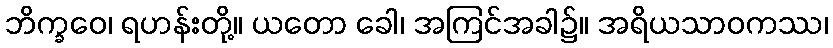
ဘိက္ခဝေ၊ ရဟန်းတို့။ ယတော ခေါ၊ အကြင်အခါ၌။ အရိယသာဝကဿ၊